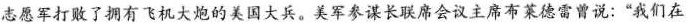
志愿军打败了拥有飞机大炮的美国大兵。美军参谋长联席会议主席布莱德雷曾说：”我们在